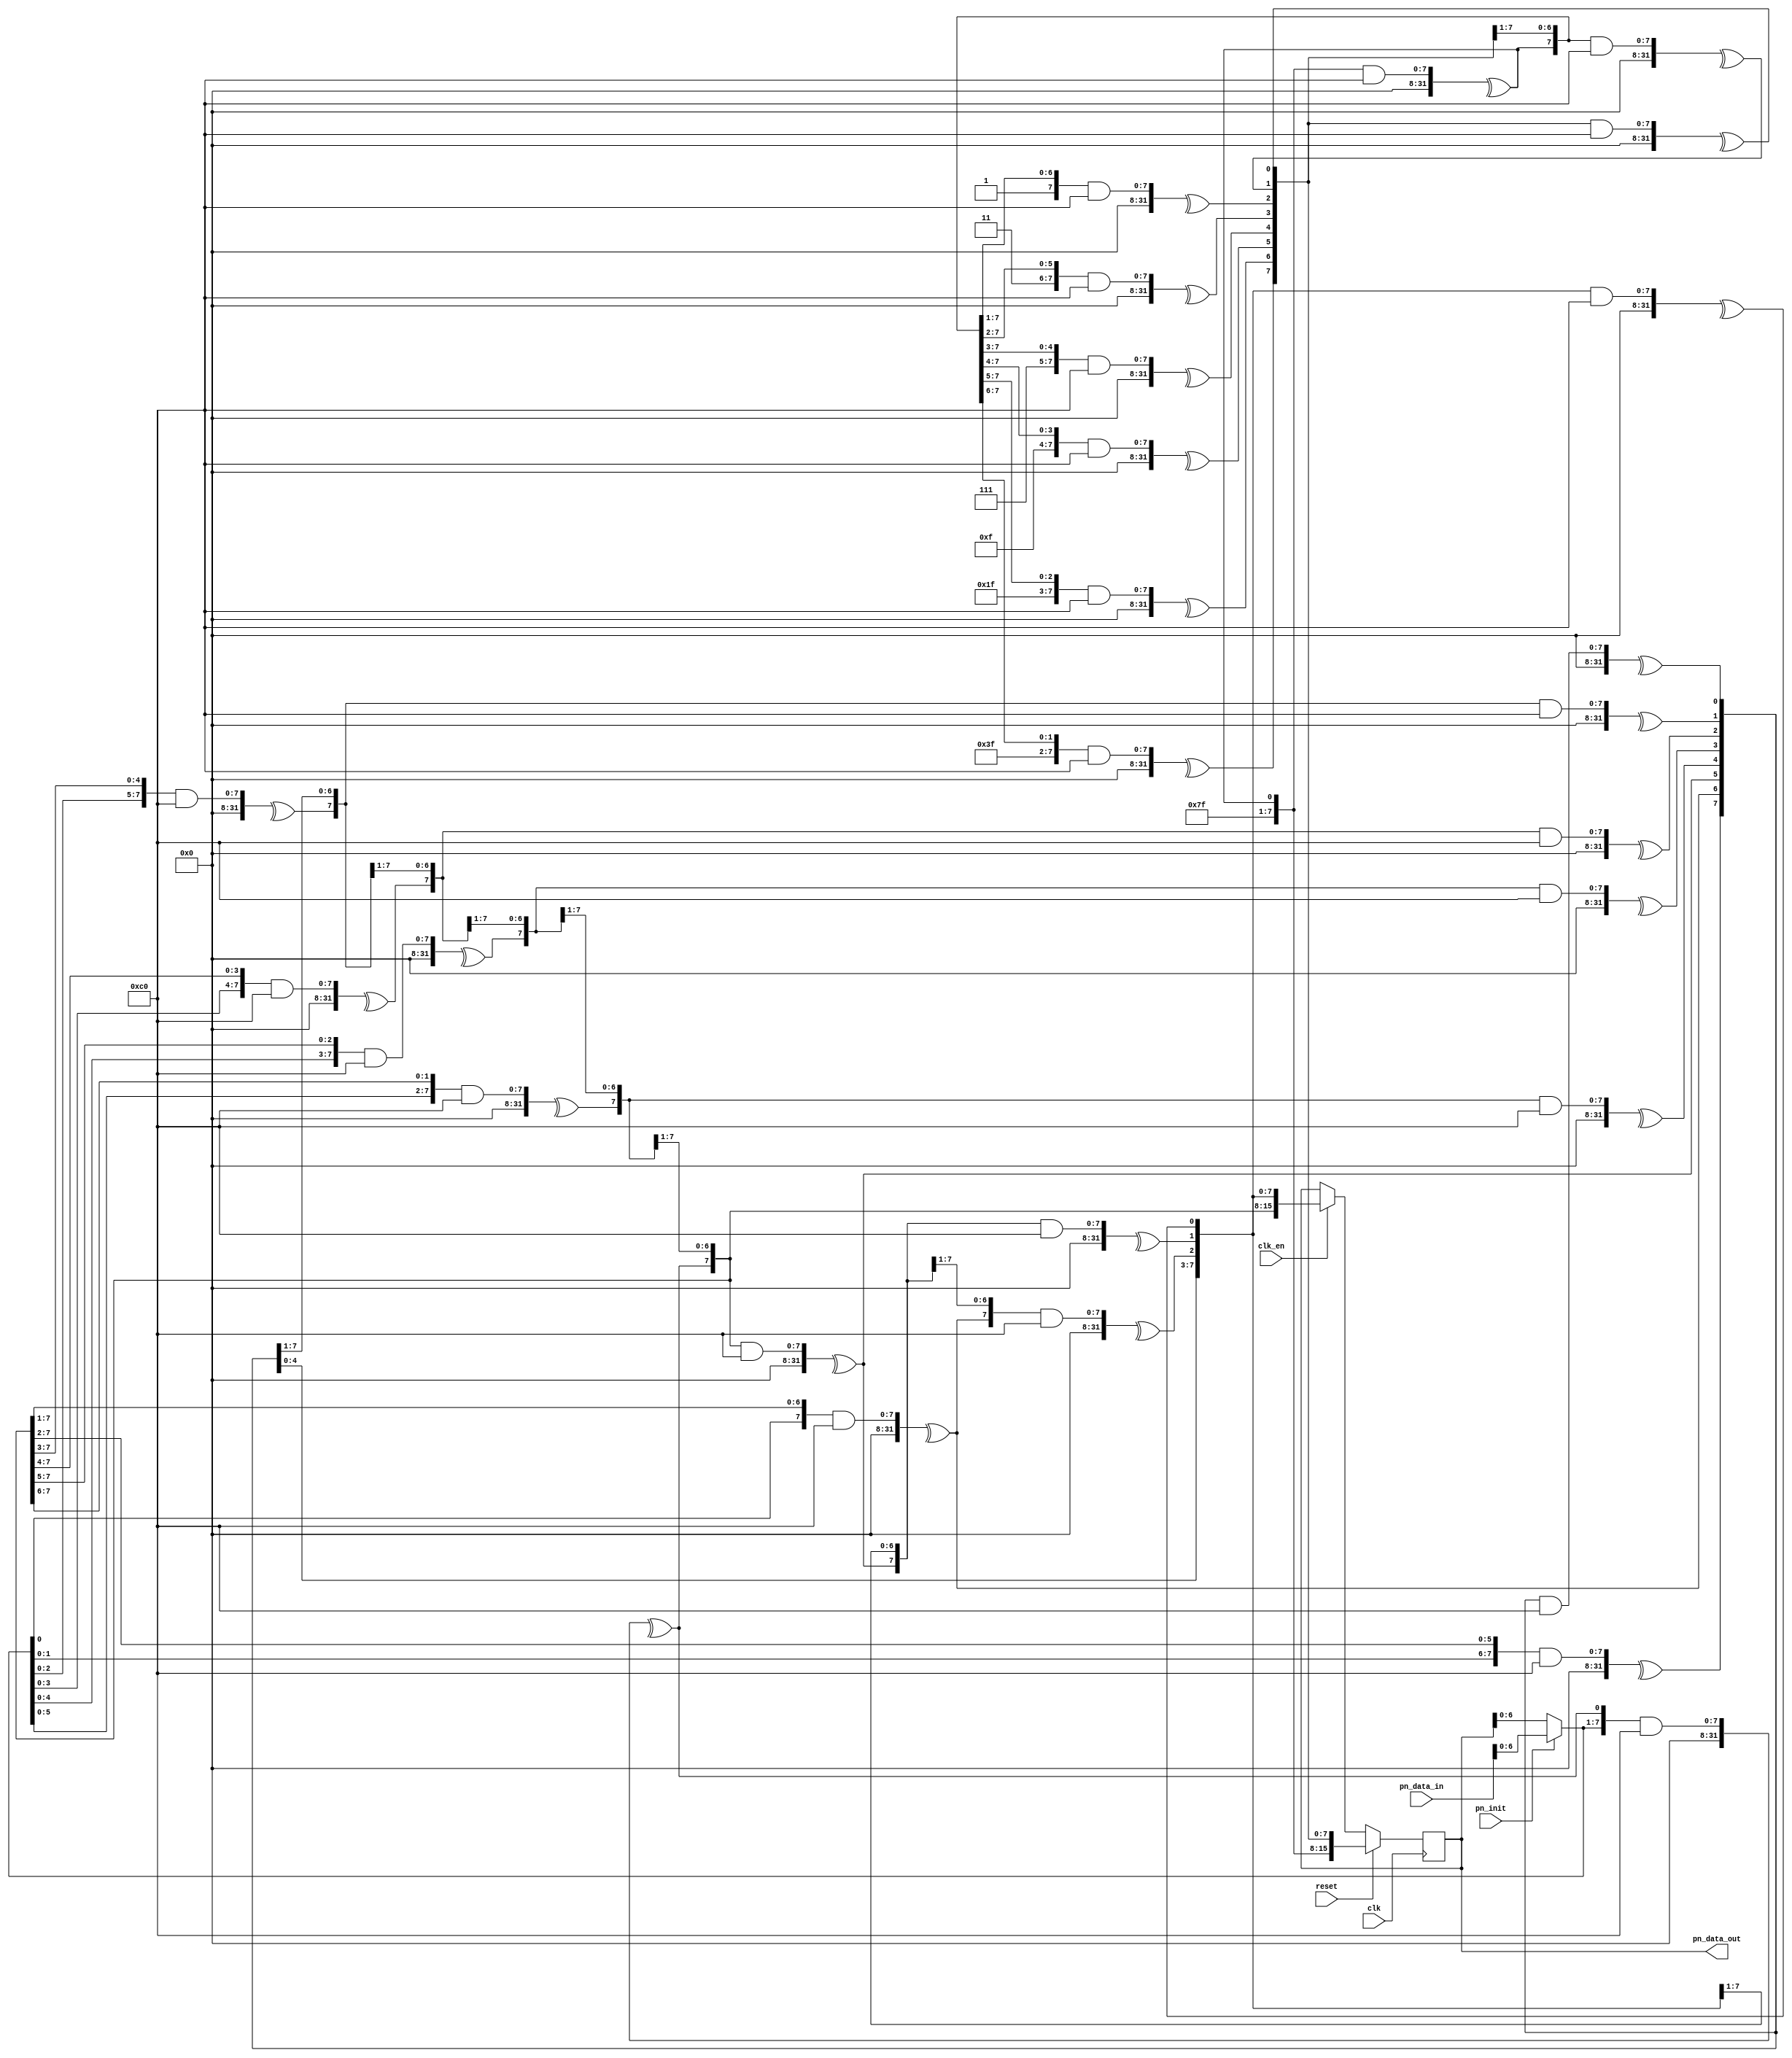
// ***************************************************************************
// ***************************************************************************
// Copyright (C) 2020-2023 Analog Devices, Inc. All rights reserved.
//
// In this HDL repository, there are many different and unique modules, consisting
// of various HDL (Verilog or VHDL) components. The individual modules are
// developed independently, and may be accompanied by separate and unique license
// terms.
//
// The user should read each of these license terms, and understand the
// freedoms and responsibilities that he or she has by using this source/core.
//
// This core is distributed in the hope that it will be useful, but WITHOUT ANY
// WARRANTY; without even the implied warranty of MERCHANTABILITY or FITNESS FOR
// A PARTICULAR PURPOSE.
//
// Redistribution and use of source or resulting binaries, with or without modification
// of this file, are permitted under one of the following two license terms:
//
//   1. The GNU General Public License version 2 as published by the
//      Free Software Foundation, which can be found in the top level directory
//      of this repository (LICENSE_GPL2), and also online at:
//      <https://www.gnu.org/licenses/old-licenses/gpl-2.0.html>
//
// OR
//
//   2. An ADI specific BSD license, which can be found in the top level directory
//      of this repository (LICENSE_ADIBSD), and also on-line at:
//      https://github.com/analogdevicesinc/hdl/blob/master/LICENSE_ADIBSD
//      This will allow to generate bit files and not release the source code,
//      as long as it attaches to an ADI device.
//
// ***************************************************************************
// ***************************************************************************

`timescale 1ns/100ps

// Generic parallel PN generator

module ad_pngen #(

  // PN7 x^7 + x^6 + 1
  parameter POL_MASK = 32'b0000_0000_0000_0000_0000_0000_1100_0000,
  parameter POL_W = 7,

  // Number of output bits at every clock cycle
  parameter DW = 16
) (
  input           clk,
  input           reset,
  input           clk_en,

  // Output stream
  output [DW-1:0] pn_data_out,  // MSB has the oldest value,
                                // LSB has the latest value

  // Input stream to synchronize to (Optional)
  input           pn_init,
  input  [DW-1:0] pn_data_in
);

  /* We need at least enough bits to store the PN state */
  localparam PN_W = DW > POL_W ? DW : POL_W;

  reg [PN_W-1:0] pn_state = {PN_W{1'b1}};

  wire [DW-1:0] pn;
  wire [DW+POL_W-1:0] pn_full_state;
  wire [PN_W-1:0] pn_reset;
  wire [PN_W-1:0] pn_state_;
  wire [PN_W-1:0] pn_init_data;

  // pn init data selection
  generate if (PN_W > DW) begin
    reg [PN_W-DW-1:0] pn_data_in_d = 'd0;
    always @(posedge clk) begin
      pn_data_in_d <= {pn_data_in_d, pn_data_in};
    end
    assign pn_init_data = {pn_data_in_d, pn_data_in};
  end else begin
    assign pn_init_data = pn_data_in;
  end
  endgenerate

  // PRBS logic
  assign pn_state_ = pn_init ? pn_init_data : pn_state;
  generate
    genvar i;
    for (i = 0; i < DW; i = i + 1) begin: pn_loop
      assign pn[i] = ^(pn_full_state[i +: POL_W+1] & POL_MASK);
    end
  endgenerate
  assign pn_full_state = {pn_state_[POL_W-1 : 0],pn};

  // Reset value logic
  assign pn_reset[PN_W-1 -: POL_W] = {POL_W{1'b1}};
  generate
    genvar j;
    for (j = 0; j < PN_W-POL_W; j = j + 1) begin: pn_reset_loop
      assign pn_reset[j] = ^(pn_reset[j +: POL_W+1] & POL_MASK);
    end
  endgenerate

  always @(posedge clk) begin
    if (reset == 1'b1) begin
      pn_state <= pn_reset;
    end else if (clk_en) begin
      pn_state <= pn_full_state[PN_W-1 : 0];
    end
  end

  assign pn_data_out = pn_state[PN_W-1 -: DW];

endmodule